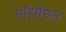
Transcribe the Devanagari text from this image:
साँझीछत